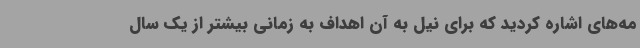
مه‌های اشاره کردید که برای نیل به آن اهداف به زمانی بیشتر از یک سال